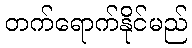
တက်ရောက်နိုင်မည်